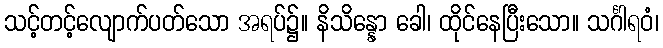
သင့်တင့်လျောက်ပတ်သော အရပ်၌။ နိသိန္နော ခေါ၊ ထိုင်နေပြီးသော။ သင်္ဂါရဝံ၊